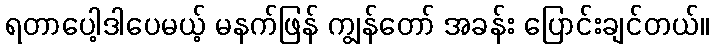
ရတာပေါ့ဒါပေမယ့် မနက်ဖြန် ကျွန်တော် အခန်း ပြောင်းချင်တယ်။